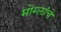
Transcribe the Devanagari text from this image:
मोग्लांचे